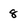
Character: 8